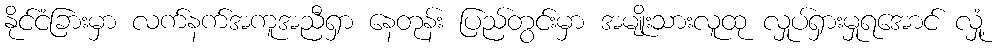
နိုင်ငံခြားမှာ လက်နက်အကူအညီရှာ နေတုန်း ပြည်တွင်းမှာ အမျိုးသားလူထု လှုပ်ရှားမှုရအောင် လှုံ့